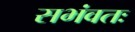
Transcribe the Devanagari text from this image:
सभंवतः